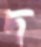
দ